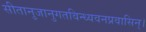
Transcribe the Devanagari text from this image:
सीतानुजानुगतविन्ध्यवनप्रवासिन्।